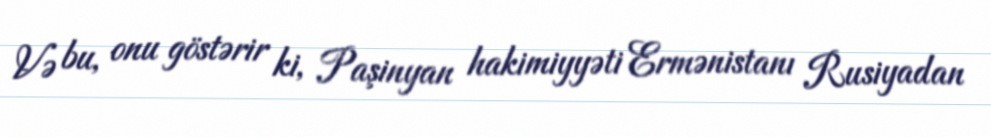
Və bu, onu göstərir ki, Paşinyan hakimiyyəti Ermənistanı Rusiyadan